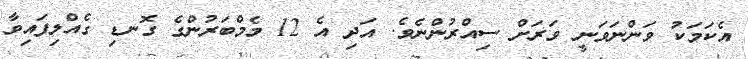
އެކަމަކު ވަންނަވަނީ ވަރަށް ސިއްރުންނެވެ. އަދި އެ 12 މެމްބަރުންގެ ގޮނޑި ގެއްލިފައިވާ